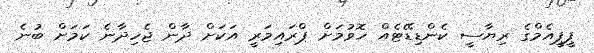
ޕީޕީއެމްގެ ރިޔާސީ ކެންޑިޑޭޓެއް ހޮވުމަށް ޕްރައިމަރީ އަކަށް ދާން ޖެހިދާނެ ކަމަށް ބުނެ